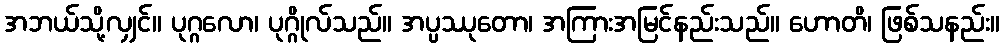
အဘယ်သို့လျှင်။ ပုဂ္ဂလော၊ ပုဂ္ဂိုလ်သည်။ အပ္ပဿုတော၊ အကြားအမြင်နည်းသည်။ ဟောတိ၊ ဖြစ်သနည်း။